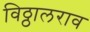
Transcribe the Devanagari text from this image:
विठ्ठालराव